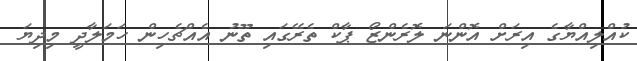
ކުއްލިއްޔާގެ އިރަށް އޮންނަ ލޮރެންޒޯ ޕާކް ތެރޭގައި ތޫނު އެއްޗެހިން ހަމަލާދީ މިދިޔަ